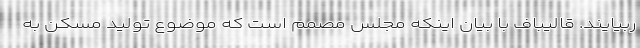
ربیایند. قالیباف با بیان اینکه مجلس مصمم است که موضوع تولید مسکن به